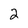
Character: 2